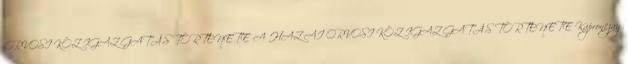
ORVOSI KÖZIGAZGATÁS TÖRTÉNETE A HAZAI ORVOSI KÖZIGAZGATÁS TÖRTÉNETE Kapronczay